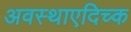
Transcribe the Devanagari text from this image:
अवस्थाएदिच्क